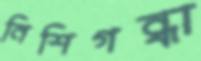
নিশিগন্ধা